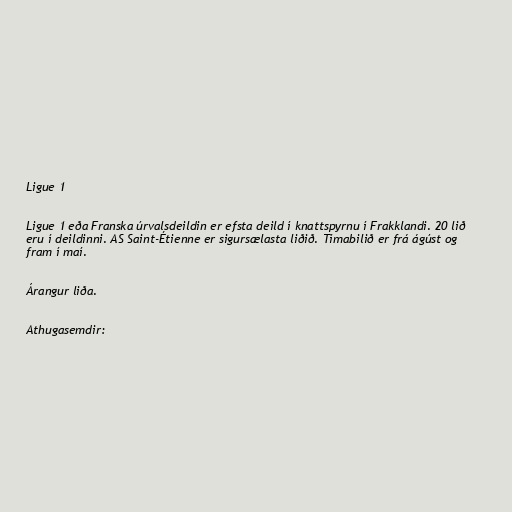
Ligue 1

Ligue 1 eða Franska úrvalsdeildin er efsta deild í knattspyrnu í Frakklandi. 20 lið
eru í deildinni. AS Saint-Étienne er sigursælasta liðið. Tímabilið er frá ágúst og
fram í maí.

Árangur liða.

Athugasemdir: